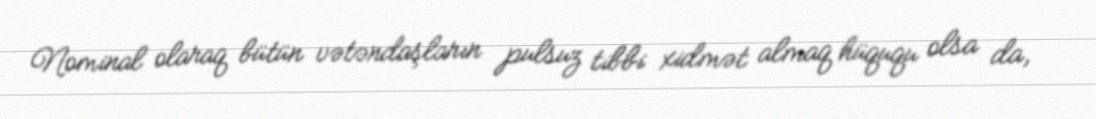
Nominal olaraq bütün vətəndaşların pulsuz tibbi xidmət almaq hüququ olsa da,